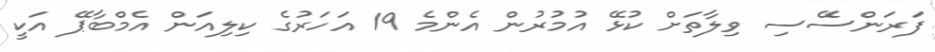
ފަރަންސޭސި ވިލާތަށް ކުޅޭ އުމުރުން އެންމެ 19 އަހަރުގެ ކިލިއަން އެމްބާޕޭ އަކީ